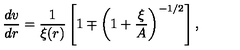
\frac { d v } { d r } = \frac { 1 } { \xi ( r ) } \left[ 1 \mp \left( 1 + \frac { \xi } { A } \right) ^ { - 1 / 2 } \right] ,